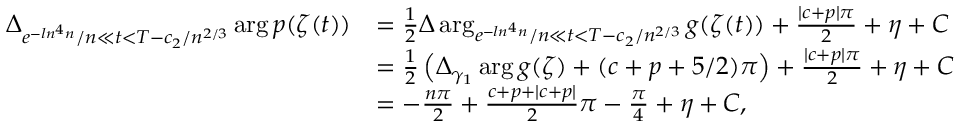
\begin{array} { r l } { \Delta _ { e ^ { - l n ^ { 4 } n } / n \ll t < T - c _ { 2 } / n ^ { 2 / 3 } } \arg p ( \zeta ( t ) ) } & { = \frac { 1 } { 2 } \Delta \arg _ { e ^ { - l n ^ { 4 } n } / n \ll t < T - c _ { 2 } / n ^ { 2 / 3 } } g ( \zeta ( t ) ) + \frac { | c + p | \pi } { 2 } + \eta + C } \\ & { = \frac { 1 } { 2 } \left( \Delta _ { \gamma _ { 1 } } \arg g ( \zeta ) + ( c + p + 5 / 2 ) \pi \right) + \frac { | c + p | \pi } { 2 } + \eta + C } \\ & { = - \frac { n \pi } { 2 } + \frac { c + p + | c + p | } { 2 } \pi - \frac { \pi } { 4 } + \eta + C , } \end{array}